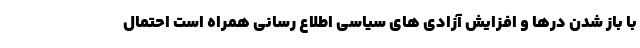
با باز شدن درها و افزایش آزادی های سیاسی اطلاع رسانی همراه است احتمال